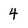
Character: 4